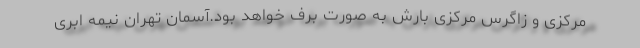
مرکزی و زاگرس مرکزی بارش به صورت برف خواهد بود.آسمان تهران نیمه ابری